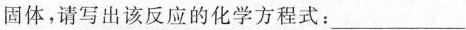
固体，请写出该反应的化学方程式：___